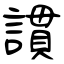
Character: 謴